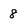
Character: 8